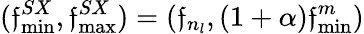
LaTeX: (\mathfrak{f}_{\operatorname*{min}}^{SX},\mathfrak{f}_{\operatorname*{max}}^{SX})=(\mathfrak{f}_{n_{l}},(1+\alpha)\mathfrak{f}_{\operatorname*{min}}^{m})